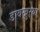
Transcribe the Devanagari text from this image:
डावखुऱ्या